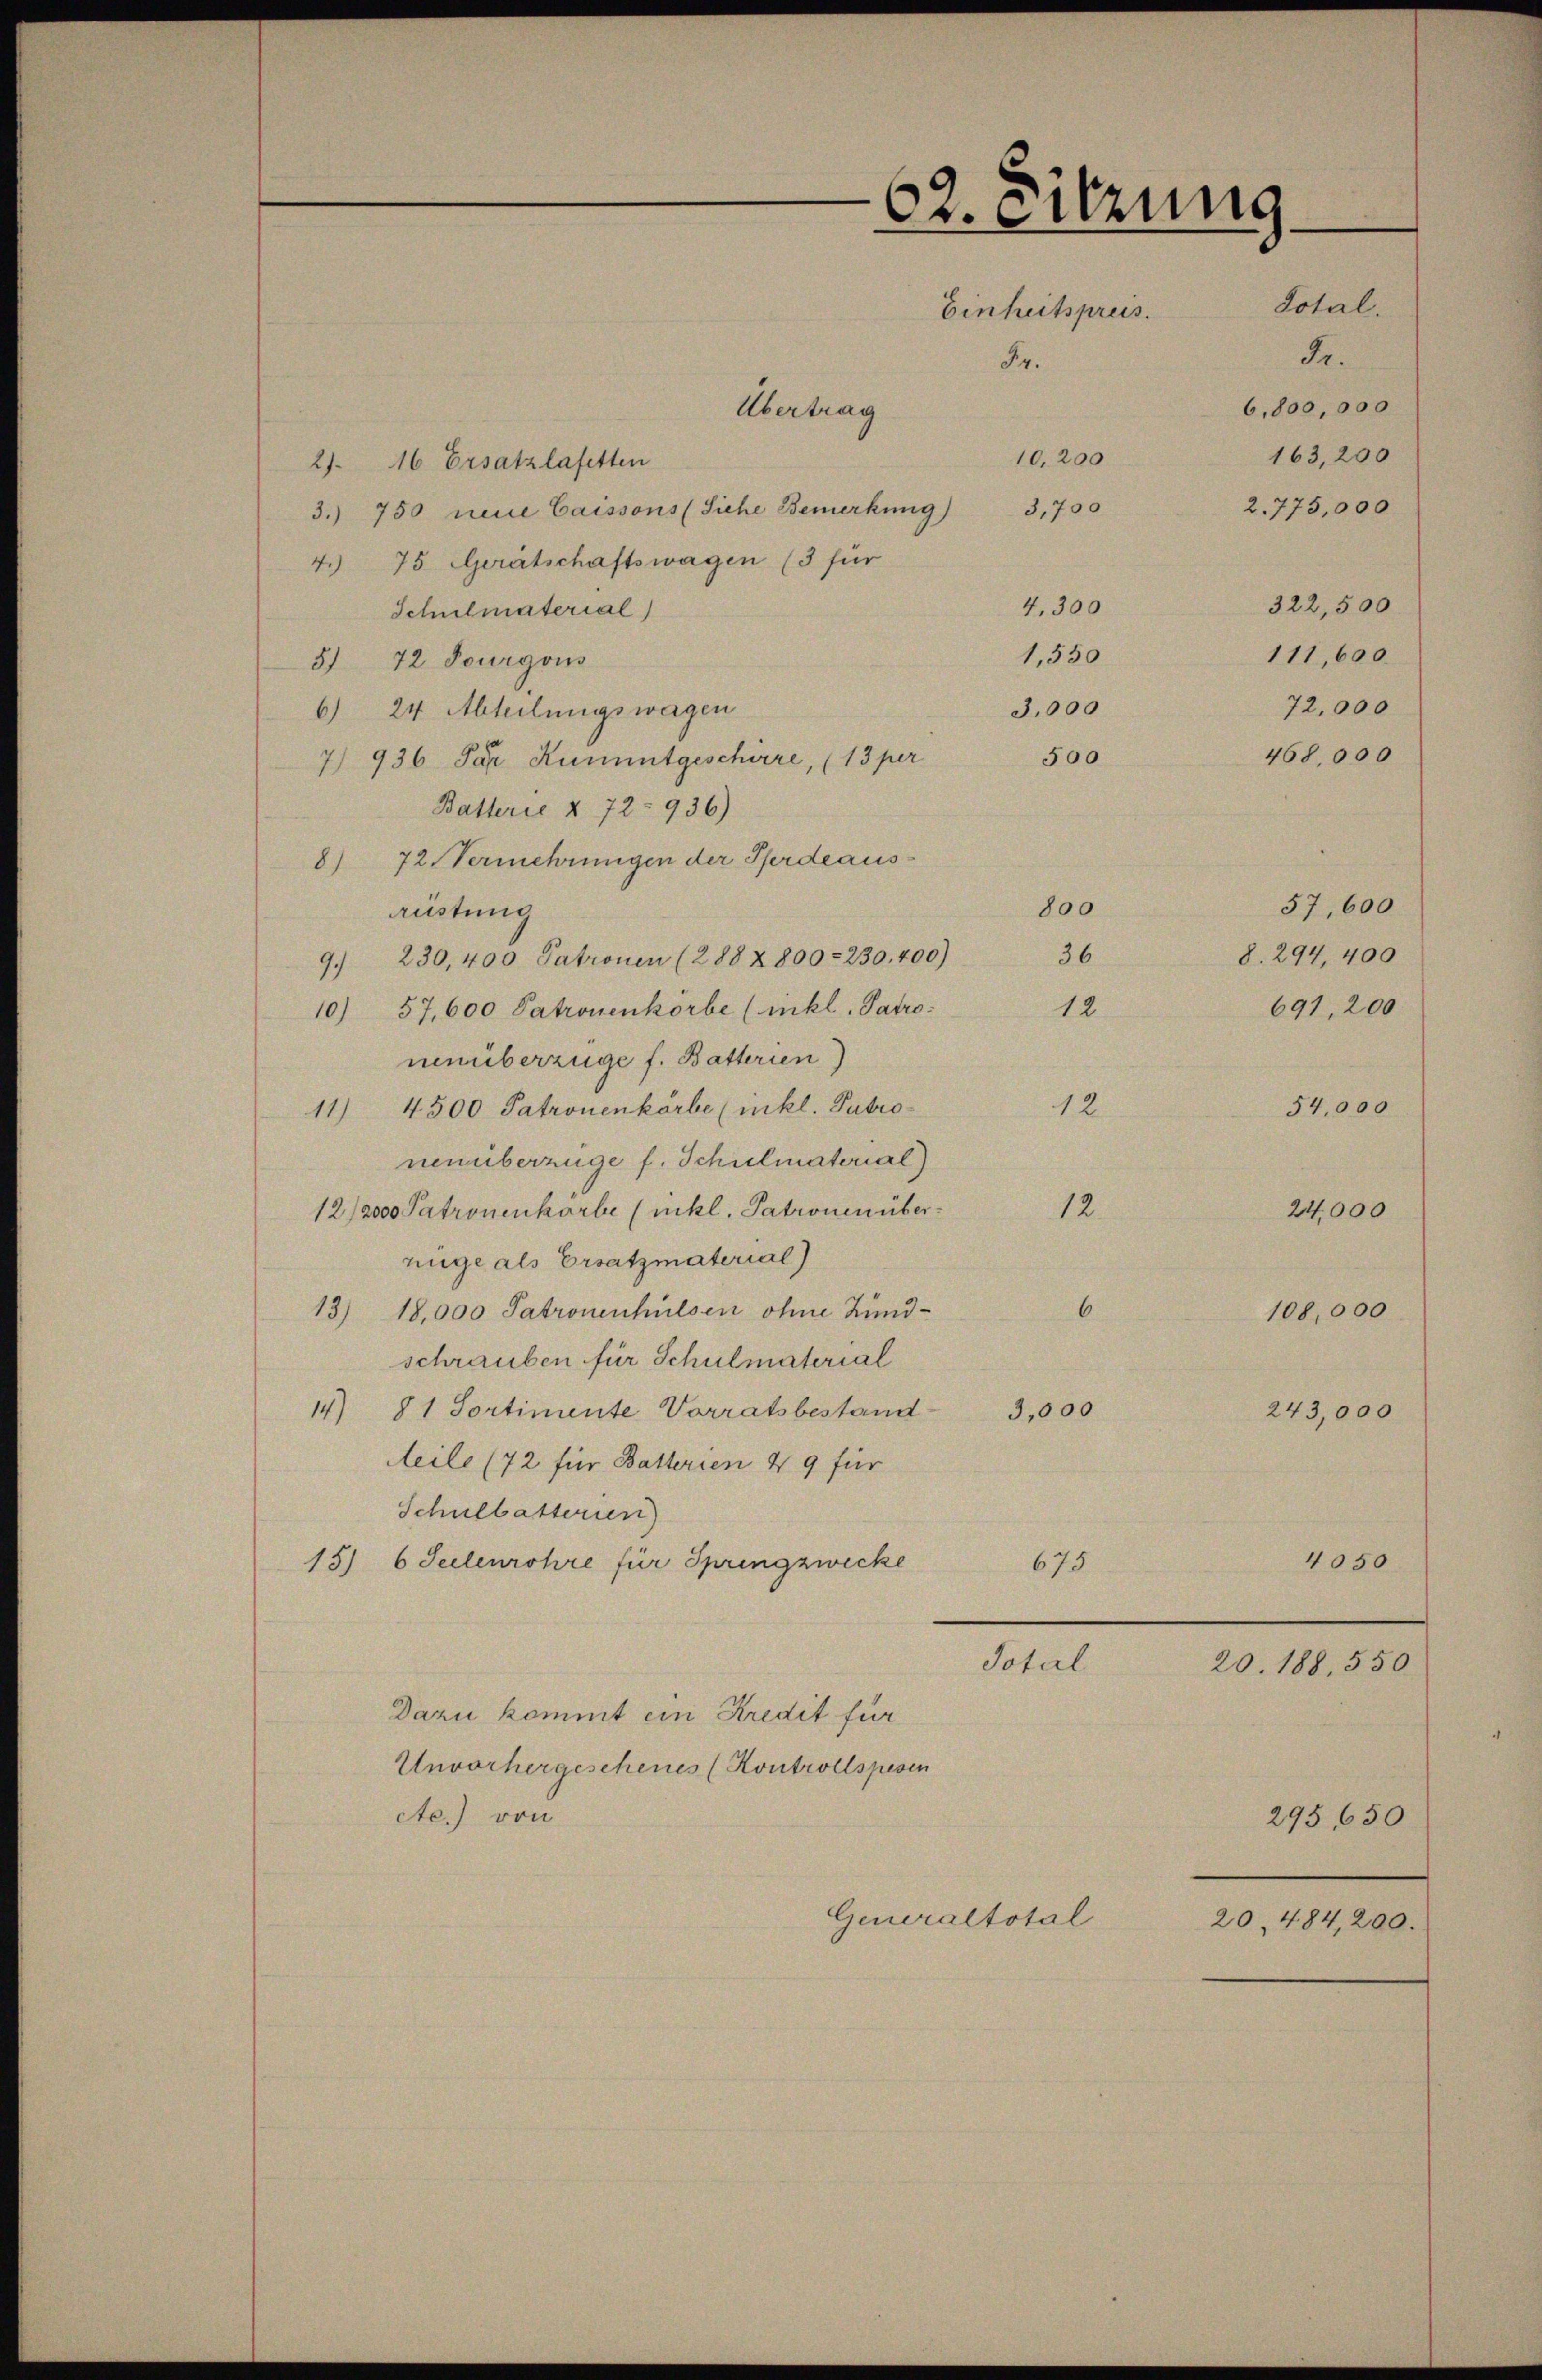
Übertrag
2). 16 Ersatzlafetten
3. 750 neue Caissons (Siehe Bemerkung) 3,700
4. 75. Gerätschaftswagen (3 für
4,300
Schulmaterial)
1,550
5) 72 Fourgous
3,000
6) 24 Abteilungswagen
500
7) 936 Par Kunmitgeschwere, (13 per
Batterie § 72 - 936)
8) 72 Vermehrungen der Pferdeaus¬
800
austung
36
9. 230, 400 Patronen (288 & 800. 230, 400)
10) 57,600 Patronenkörbe (inkl. Patro¬
12
nenüberzüge f. Batterien)
11) 4500 Patronenkorbe (mikl. Patro-
12
nenüberzüge f. Schulmaterial)
12/2000 Patronenkorbe (nikl. Patronen über¬
12.
nüge als Ersatzmaterial
6
13) 18,000 Patronenhülsen ohne Kundschrauben für Schulmaterial
14) 81 Sortimente Vorratsbestand 3,000
Aeile (72 für Batterien 49 für
Schulbatterien)
15) 6 Seelenrohre für Springzwecke
675
Total
Dazu kommt ein Kredit für
Unvorhergeschenes (Kontrollspesen
ctc.) von
Generaltotal

62. Sitzung
Total.
Einheitspreis.
Fr.
Fr.
6,800,000
163,200
10,200
2.775,000

322,500
111,600.

72,000

57,600
8. 294, 400
691, 200
54,000
24,000
108,000
243,000

468,000

4050

20. 188,550

295650
20. 484,200.